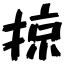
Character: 掠